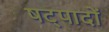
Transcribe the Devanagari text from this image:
षट्पादों